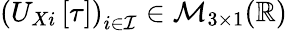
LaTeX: \left(U_{Xi}\left[\tau\right]\right)_{i\in\mathcal{I}}\in\mathcal{M}_{3\times 1}(\mathbb{R})